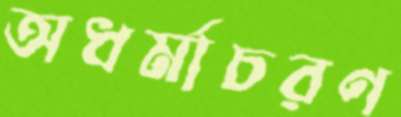
অধর্মাচরণ